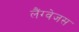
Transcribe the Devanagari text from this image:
लैंग्वेजस